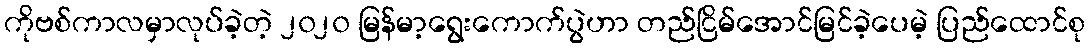
ကိုဗစ်ကာလမှာလုပ်ခဲ့တဲ့ ၂၀၂၀ မြန်မာ့ရွေးကောက်ပွဲဟာ တည်ငြိမ်အောင်မြင်ခဲ့ပေမဲ့ ပြည်ထောင်စု